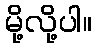
မို့လို့ပါ။